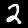
Digit: 2